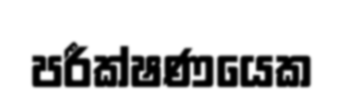
පරීක්ෂණයෙක